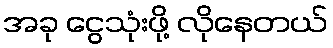
အခု ငွေသုံးဖို့ လိုနေတယ်